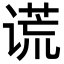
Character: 谎